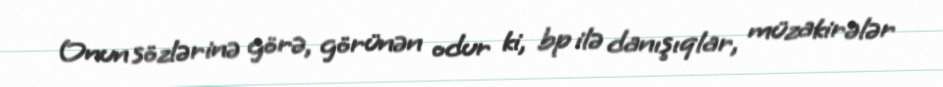
Onun sözlərinə görə, görünən odur ki, bp ilə danışıqlar, müzakirələr